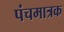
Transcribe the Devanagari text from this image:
पंचमात्रक